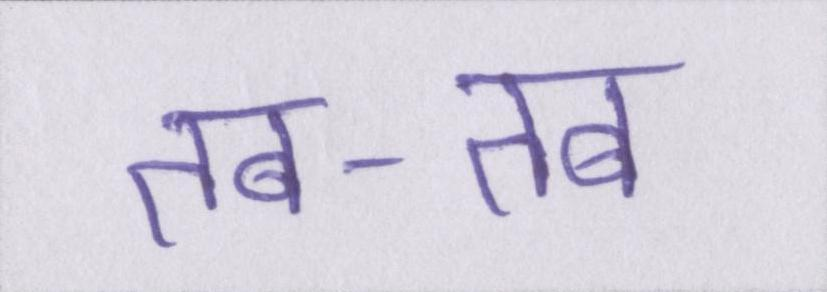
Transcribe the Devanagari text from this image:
तब-तब